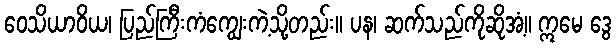
ဝေသိယာဝိယ၊ ပြည်ကြီးကံကျွေးကဲ့သို့တည်း။ ပန၊ ဆက်သည်ကိုဆိုအံ့။ ဣမေ ဒွေ